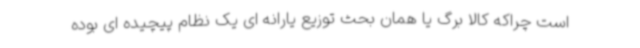
است چراکه کالا برگ یا همان بحث توزیع یارانه ای یک نظام پیچیده ای بوده